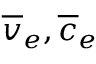
\overline { { v } } _ { e } , \overline { { c } } _ { e }